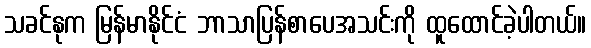
သခင်နုက မြန်မာနိုင်ငံ ဘာသာပြန်စာပေအသင်းကို ထူထောင်ခဲ့ပါတယ်။